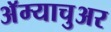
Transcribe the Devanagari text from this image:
अॅम्याचुअर